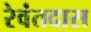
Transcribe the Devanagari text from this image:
रेवंतदास